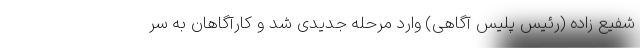
شفیع زاده (رئیس پلیس آگاهی) وارد مرحله جدیدی شد و کارآگاهان به سر